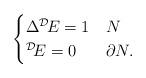
LaTeX: \begin{align*}\begin{cases}\Delta {}^{\mathcal D}\! E = 1 & N \\{}^{\mathcal D}\! E = 0 & \partial N.\end{cases}\end{align*}